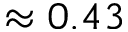
\approx 0 . 4 3